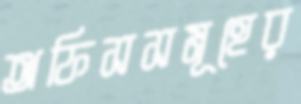
অফিসসমূহের